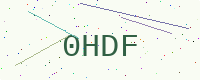
Text: 0HDF